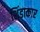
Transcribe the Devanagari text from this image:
शिंडाकार